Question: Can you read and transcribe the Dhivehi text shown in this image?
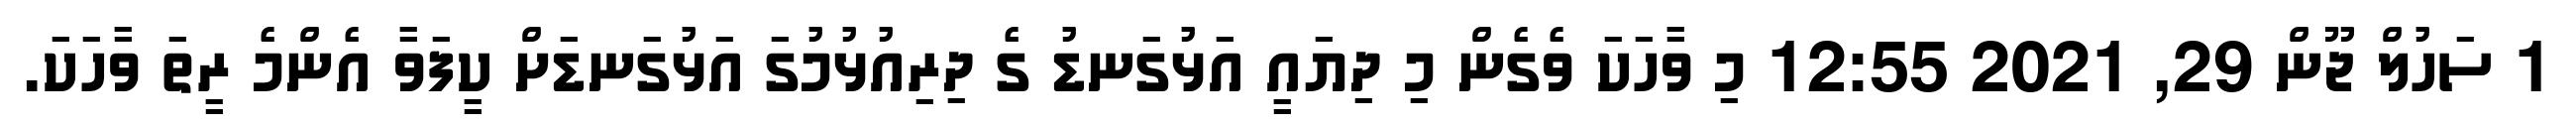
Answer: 1 ސަހުލް ޖޫން 29, 2021 12:55 މި ވާހަކަ ވެގެން މި ދިޔައީ އަޅުގަނޑު ގެ ދިރިއުޅުމުގަ އަޅުގަނޑަށް ކީފަވާ އެންމެ ރީތަ ވާހަކަ.